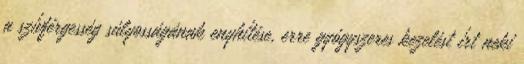
a szívférgesség súlyosságának enyhítése, erre gyógyszeres kezelést írt neki